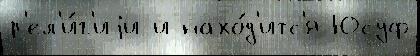
р'ел'и́г'иjи и нахо́д'итс'я Юсуф